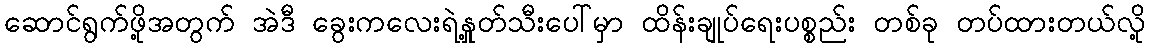
ဆောင်ရွက်ဖို့အတွက် အဲဒီ ခွေးကလေးရဲ့နှုတ်သီးပေါ်မှာ ထိန်းချုပ်ရေးပစ္စည်း တစ်ခု တပ်ထားတယ်လို့